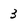
Character: 3